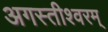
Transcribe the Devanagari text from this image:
अगस्तीश्वरम्